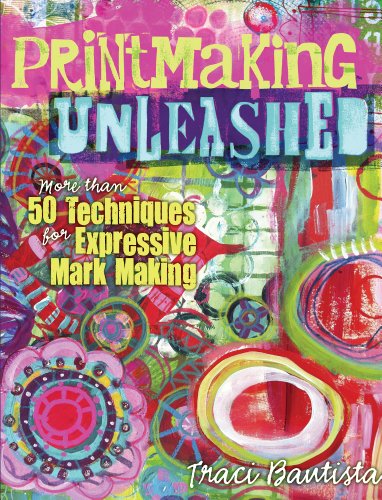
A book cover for Printmaking Unleashed: More Than 50 Techniques for Expressive Mark Making; Traci Bautista; Crafts, Hobbies & Home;